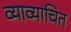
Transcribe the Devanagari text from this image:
व्याव्याचित